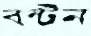
বন্টন